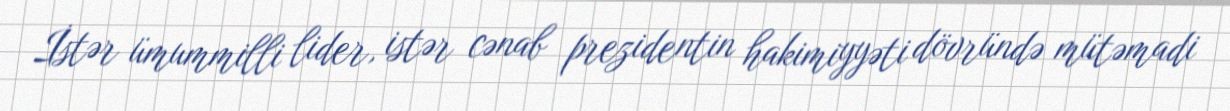
İstər ümummilli lider, istər cənab prezidentin hakimiyyəti dövründə mütəmadi